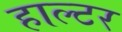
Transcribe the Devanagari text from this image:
हाल्टर